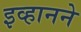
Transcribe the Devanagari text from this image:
इव्हानने